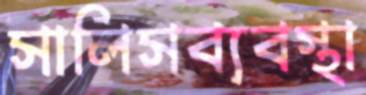
সালিসব্যবস্থা